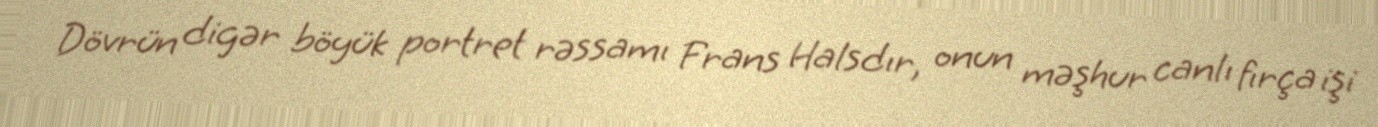
Dövrün digər böyük portret rəssamı Frans Halsdır, onun məşhur canlı fırça işi